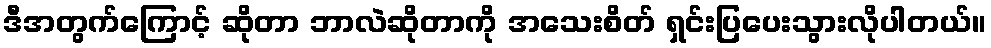
ဒီအတွက်ကြောင့် ဆိုတာ ဘာလဲဆိုတာကို အသေးစိတ် ရှင်းပြပေးသွားလိုပါတယ်။